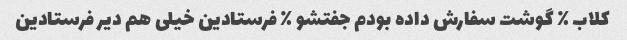
کلاب ٪ گوشت سفارش داده بودم جفتشو ٪ فرستادین خیلی هم دیر فرستادین